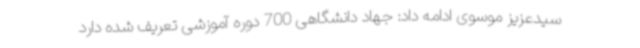
سیدعزیز موسوی ادامه داد: جهاد دانشگاهی 700 دوره آموزشی تعریف شده دارد